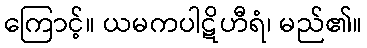
ကြောင့်။ ယမကပါဋိဟီရံ၊ မည်၏။